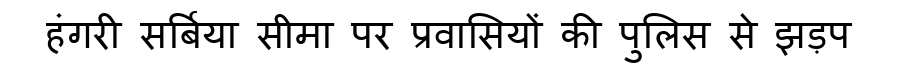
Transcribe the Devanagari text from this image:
हंगरी सर्बिया सीमा पर प्रवासियों की पुलिस से झड़प